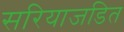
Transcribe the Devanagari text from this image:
सरियाजडित